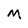
Character: M